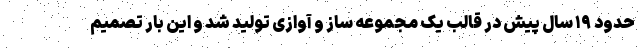
حدود ۱۹ سال پیش در قالب یک مجموعه ساز و آوازی تولید شد و این بار تصمیم